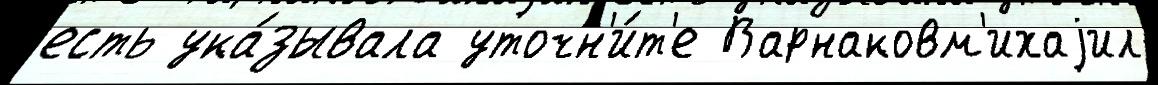
есть ука́зывала уточн'и́т'е Варнаковм'ихаjил